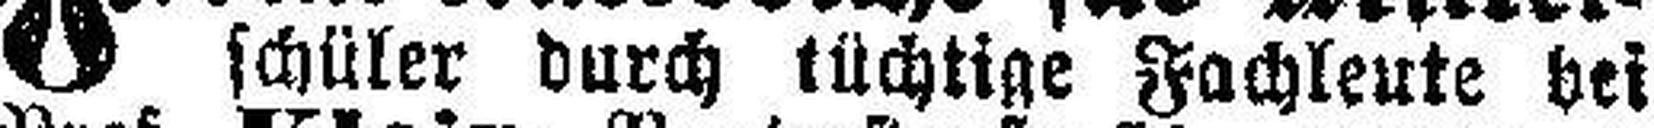
schüler durch tüchtige Fachleute bei